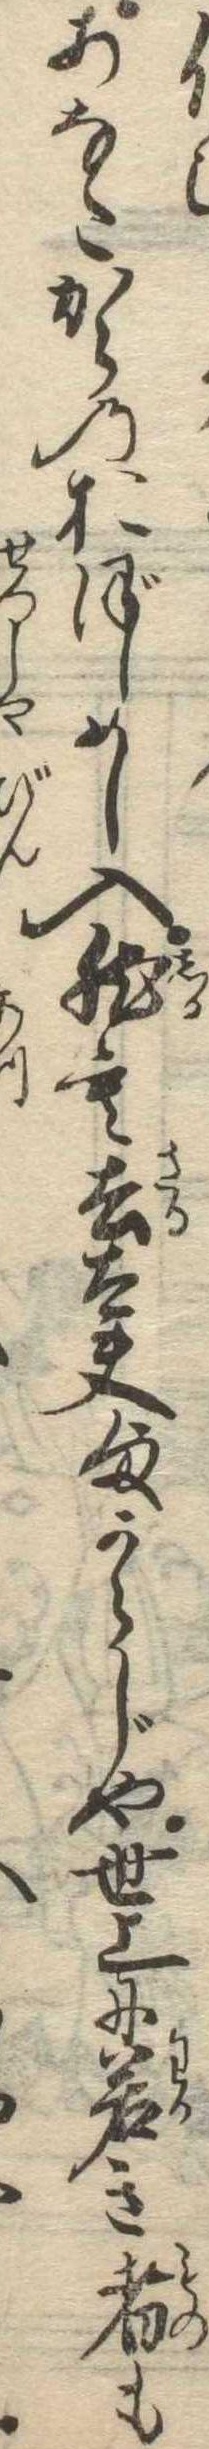
あなたからのおぼしめし入然も去太夫様からじや世上に若き者も